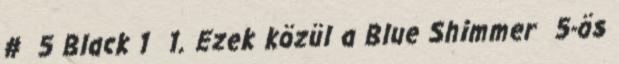
# 5 Black 1 1. Ezek közül a Blue Shimmer 5-ös